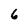
Character: 6